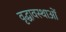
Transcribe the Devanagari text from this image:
वृद्धावस्थाओं